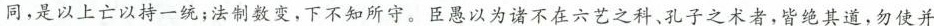
同，是以上亡以持一统；法制数变，下不知所守。臣愚以为诸不在六艺之科、孔子之术者，皆绝其道，勿使并